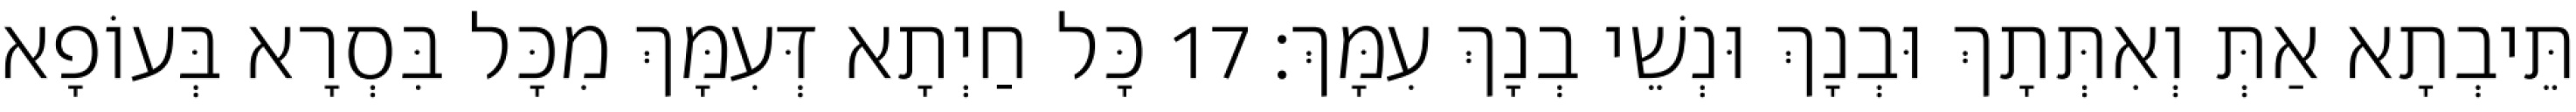
תֵּיבְתָא אַתְּ וְאִתְּתָךְ וּבְנָךְ וּנְשֵׁי בְנָךְ עִמָּךְ׃ 17 כָּל חַיְתָא דְּעִמָּךְ מִכָּל בִּסְרָא בְּעוֹפָא